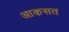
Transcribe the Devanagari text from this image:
आकसत